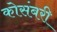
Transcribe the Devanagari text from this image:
कोसंबरी